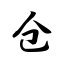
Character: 仓